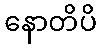
နောတိပိ